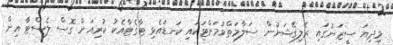
މިދިޔަ ސީޒަނުގައި ރެލިގޭޝަނުން ސަލާމަތްވުމަށްޓަކައި ކަނޑައެޅި ޓާގެޓާއެކު ކުރިއަށް ގޮސް ލެސްޓާ އިން